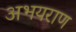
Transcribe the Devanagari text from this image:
अभयराण